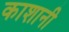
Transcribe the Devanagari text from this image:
काशानी